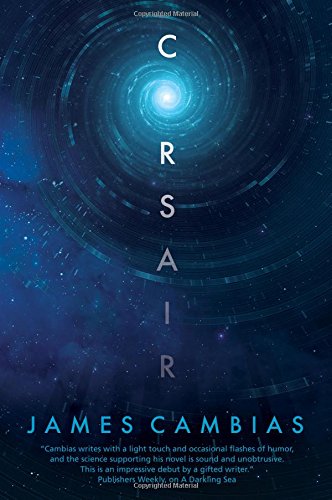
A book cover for Corsair: A Science Fiction Novel; James L. Cambias; Mystery, Thriller & Suspense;